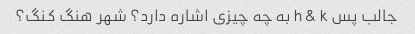
جالب پس h & k به چه چیزی اشاره دارد؟ شهر هنگ کنگ؟